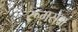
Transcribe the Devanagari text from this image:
रूमसेवा